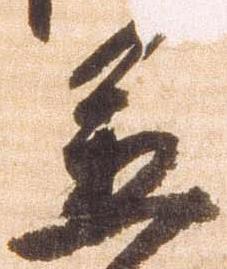
置